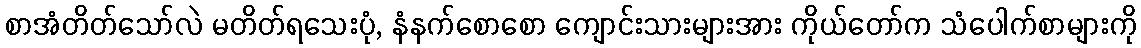
စာအံတိတ်သော်လဲ မတိတ်ရသေးပုံ, နံနက်စောစော ကျောင်းသားများအား ကိုယ်တော်က သံပေါက်စာများကို